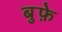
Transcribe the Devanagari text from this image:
बुफ़े